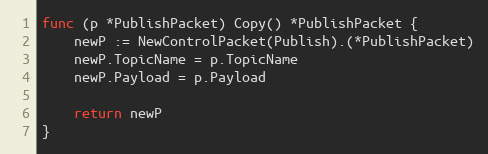
Language: Go
func (p *PublishPacket) Copy() *PublishPacket {
	newP := NewControlPacket(Publish).(*PublishPacket)
	newP.TopicName = p.TopicName
	newP.Payload = p.Payload

	return newP
}